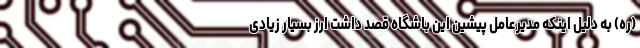
(ره) به دلیل اینکه مدیرعامل پیشین این باشگاه قصد داشت ارز بسیار زیادی